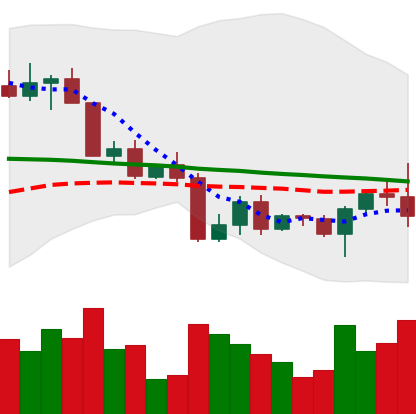
Ticker: BTC-USD
Chart end date: 2022-04-21
Forward return: -5.946%
Label: down_5_7